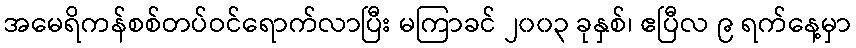
အမေရိကန်စစ်တပ်ဝင်ရောက်လာပြီး မကြာခင် ၂၀၀၃ ခုနှစ်၊ ဧပြီလ ၉ ရက်နေ့မှာ